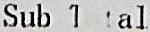
SUB TOTAL